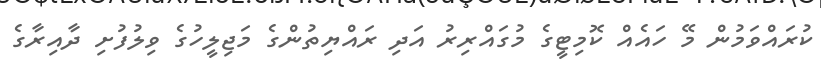
ކުރައްވަމުން މޭ ހައެއް ކޮމިޓީގެ މުގައްރިރު އަދި ރައްޔިތުންގެ މަޖިލީހުގެ ވިލުފުށި ދާއިރާގެ